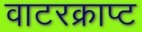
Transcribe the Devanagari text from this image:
वाटरक्राप्ट